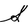
Character: S